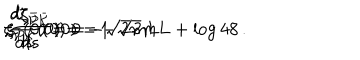
\zeta _ { \bar { \cal V } } ( 0 ) = 0 \hspace { 0 . 2 c m } , \hspace { 0 . 2 c m } \zeta _ { P \bar { \cal K } } ( 0 ) = - 1 \hspace { 0 . 2 c m } , \hspace { 0 . 2 c m } \frac { d \zeta _ { \bar { \cal V } } } { d s } ( 0 ) = - \sqrt { 2 } m L \hspace { 0 . 2 c m } , \hspace { 0 . 2 c m } \frac { d \zeta _ { P \bar { \cal K } } } { d s } ( 0 ) = - \sqrt { 2 } m L + \log 4 8 \, .